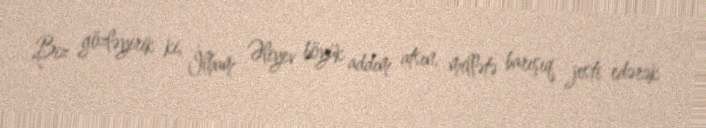
Biz gözləyirik ki, İlham Əliyev böyük addım atsın, millətə barışıq jesti edərək